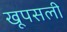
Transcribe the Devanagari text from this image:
खूपसली